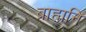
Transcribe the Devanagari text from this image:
ब्राह्मनि